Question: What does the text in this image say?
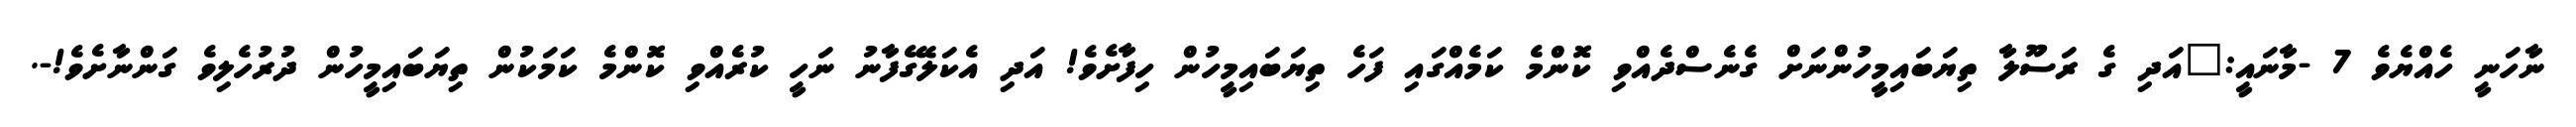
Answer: ނާހަނީ ހެއްޔެވެ 7 -މާނައީ:"އަދި ގެ ރަސޫލާ ތިޔަބައިމީހުންނަށް ގެނެސްދެއްވި ކޮންމެ ކަމެއްގައި ފަހެ ތިޔަބައިމީހުން ހިފާށެވެ! އަދި އެކަލޭގެފާނު ނަހީ ކުރެއްވި ކޮންމެ ކަމަކުން ތިޔަބައިމީހުން ދުރުހެލިވެ ގަންނާށެވެ!-.